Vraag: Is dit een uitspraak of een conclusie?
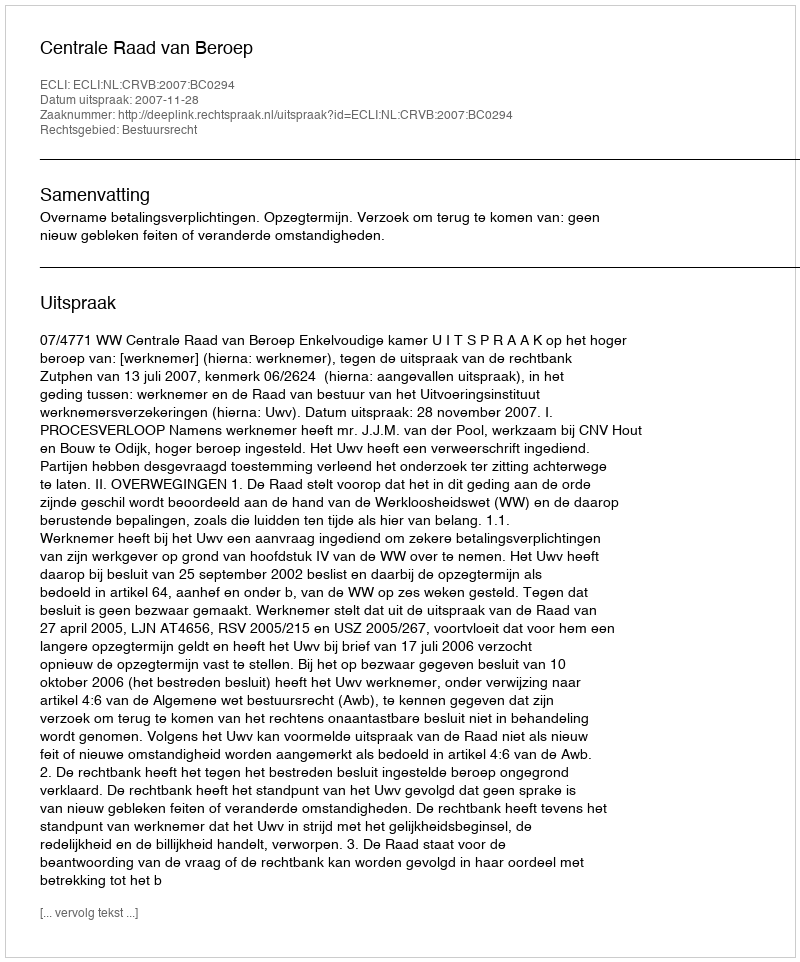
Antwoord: Uitspraak